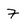
Character: 7